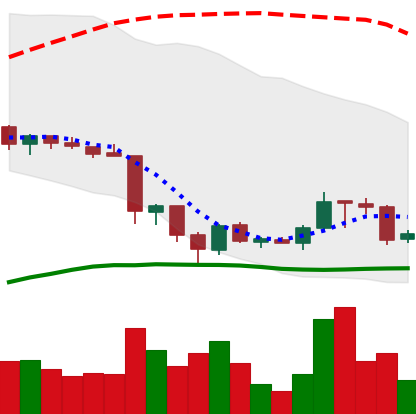
Ticker: TRX-USD
Chart end date: 2018-06-23
Forward return: -17.008%
Label: down_7plus